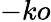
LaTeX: -ko